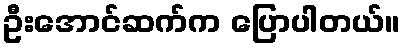
ဦးအောင်ဆက်က ပြောပါတယ်။